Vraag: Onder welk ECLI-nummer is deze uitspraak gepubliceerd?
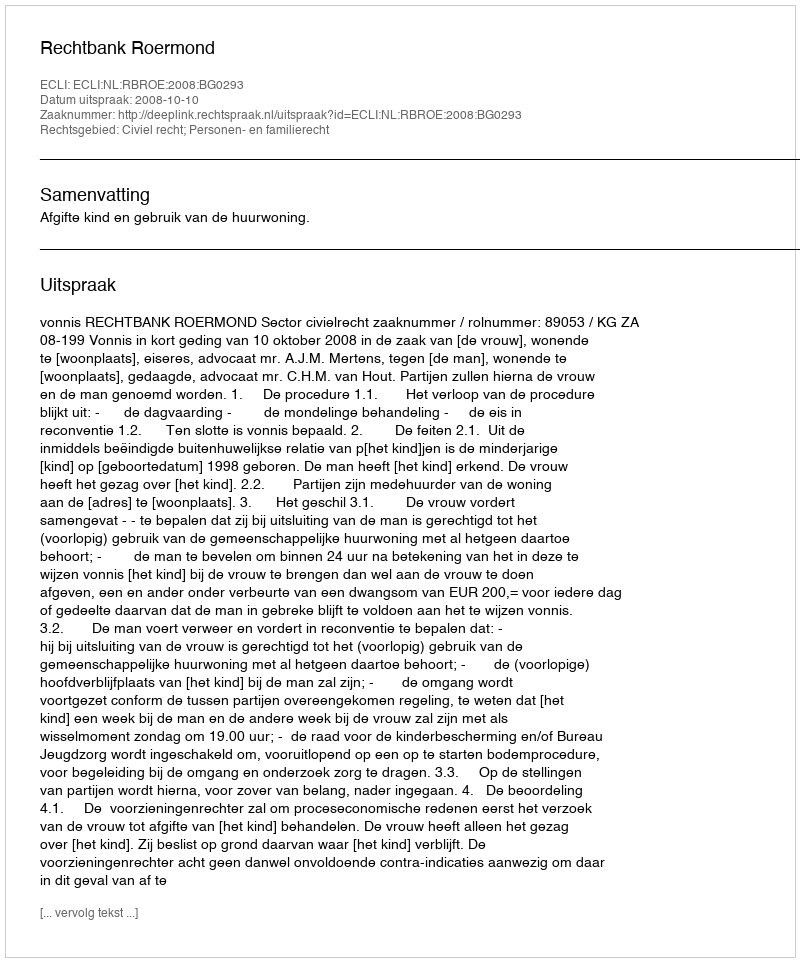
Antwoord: ECLI:NL:RBROE:2008:BG0293